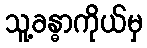
သူ့ခန္ဓာကိုယ်မှ